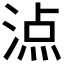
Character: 𣸾